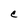
Character: C